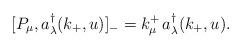
LaTeX: \begin{align*}[P_{\mu},a_{\lambda}^{\dagger}(k_+,u)]_{-}=k_{\mu}^{+}\,a_{\lambda}^{\dagger}(k_+,u).\end{align*}